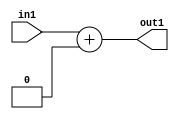
`timescale 1ps / 1ps
/*****************************************************************************
    Verilog RTL Description
    
    
    Created by: Stratus DpOpt 2019.1.01 
*******************************************************************************/

module DC_Filter_Add_11U_12_4 (
	in1,
	out1
	); /* architecture "behavioural" */ 
input [10:0] in1;
output [10:0] out1;
wire [10:0] asc001;

assign asc001 = 
	+(in1)
	+(11'B00000000000);

assign out1 = asc001;
endmodule

/* CADENCE  urf2SAo= : u9/ySgnWtBlWxVPRXgAZ4Og= ** DO NOT EDIT THIS LINE ******/